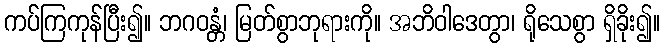
ကပ်ကြကုန်ပြီး၍။ ဘဂဝန္တံ၊ မြတ်စွာဘုရားကို။ အဘိဝါဒေတွာ၊ ရိုသေစွာ ရှိခိုး၍။